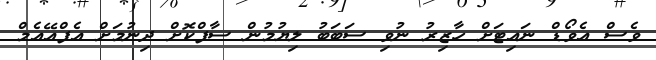
ވެސް އެވޯޑް ނައިޓަށް ހާޒިރު ނުވި ސަބަބު ލިޔުމުން ސާފްކޮށް ދިނުމަށް އެފްއޭއެމް